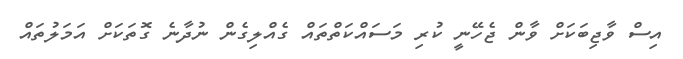
އިސް ވާޖިބަކަށް ވާން ޖެހޭނީ ކުރި މަސައްކަތްތައް ގެއްލިގެން ނުދާނެ ގޮތަކަށް އަމަލުތައް